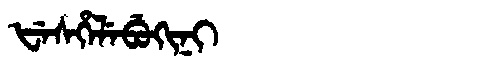
Manchu: ᡶᡝᠰᡥᡝᠯᡝᠪᡠᡴᡳᠨᡳ
Romanization: FESHELEBUKINI